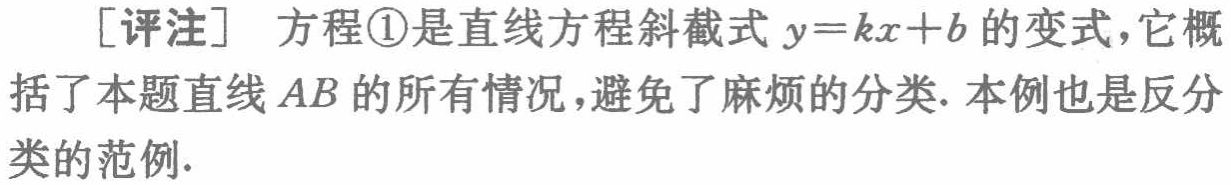
[评注] 方程\textcircled{1}是直线方程斜截式 \(y = kx + b\) 的变式，它概括了本题直线 \(AB\) 的所有情况，避免了麻烦的分类. 本例也是反分类的范例.